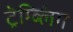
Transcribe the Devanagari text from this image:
ट्रेम्ब्लिंग